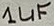
Text: 1µF